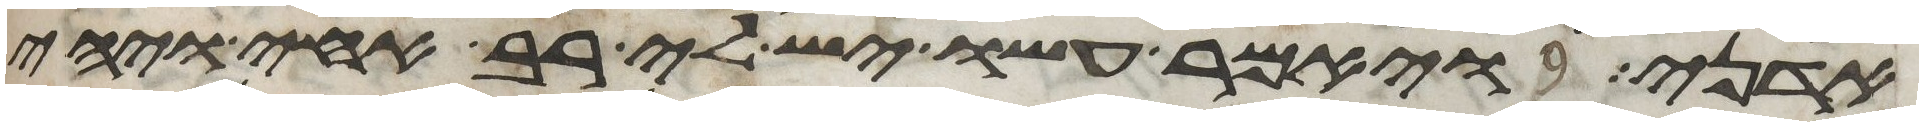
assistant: אדני ויאמר עשו יש לי רב אחי ויהי